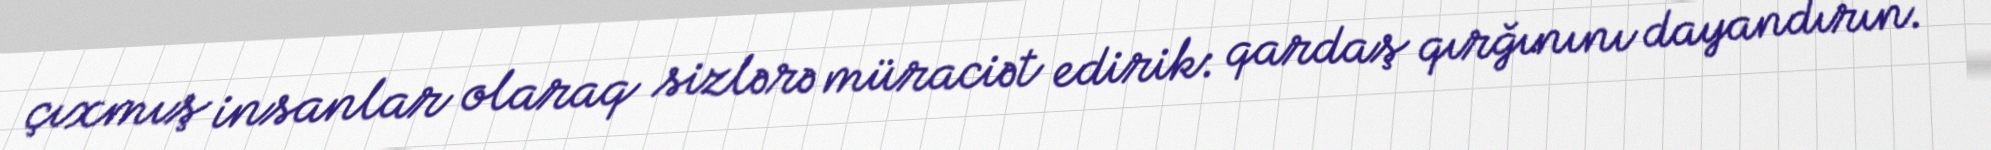
çıxmış insanlar olaraq sizlərə müraciət edirik: qardaş qırğınını dayandırın.